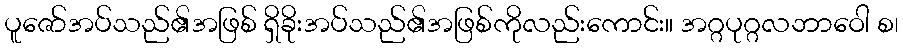
ပူဇော်အပ်သည်၏အဖြစ် ရှိခိုးအပ်သည်၏အဖြစ်ကိုလည်းကောင်း။ အဂ္ဂပုဂ္ဂလဘာဝေါ စ၊